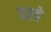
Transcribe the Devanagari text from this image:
ठऱते